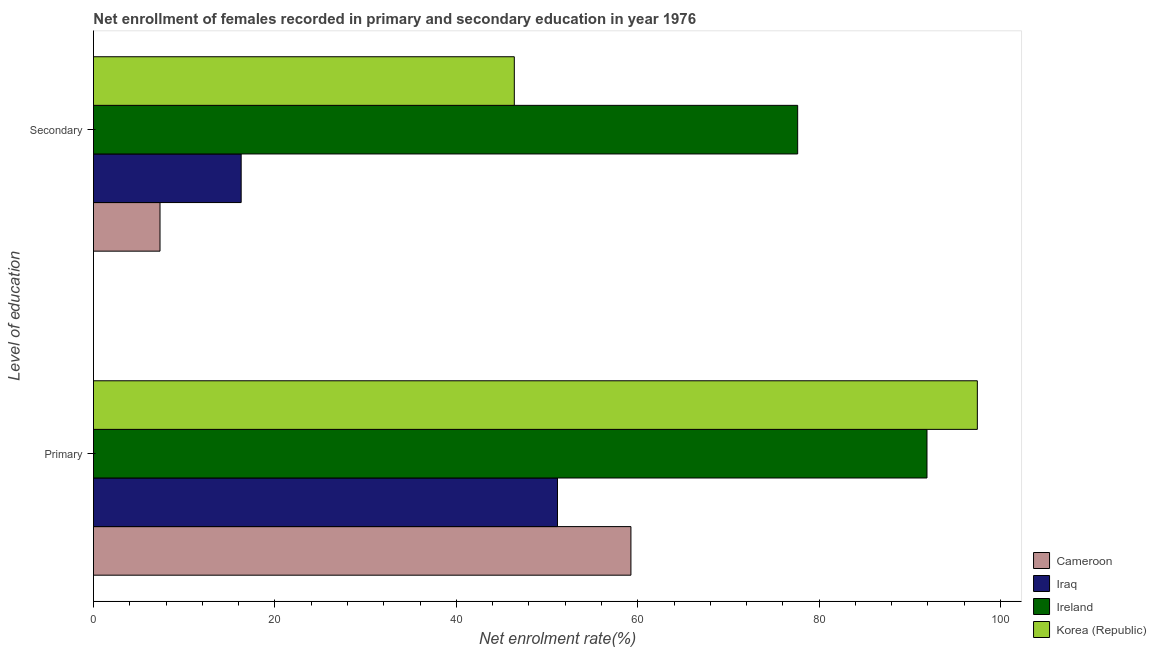
| Level of education | Cameroon | Iraq | Ireland | Korea (Republic) |
 | --- | --- | --- | --- | --- |
 | Primary | 59.3 | 51.2 | 91.9 | 97.4 |
 | Secondary | 7.34 | 16.3 | 77.6 | 46.4 |